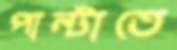
পাল্টাতে